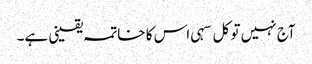
آج نہیں تو کل سہی اس کا خاتمہ یقینی ہے۔